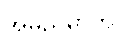
အမညိမှာတိ